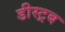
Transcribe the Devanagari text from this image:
डीस्ट्रब